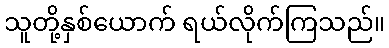
သူတို့နှစ်ယောက် ရယ်လိုက်ကြသည်။